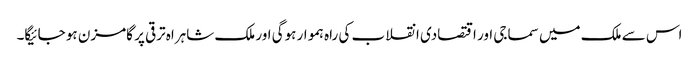
اس سے ملک میں سماجی اور اقتصادی انقلاب کی راہ ہموار ہوگی اور ملک شاہراہ ترقی پر گامزن ہو جائیگا۔